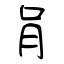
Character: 肙